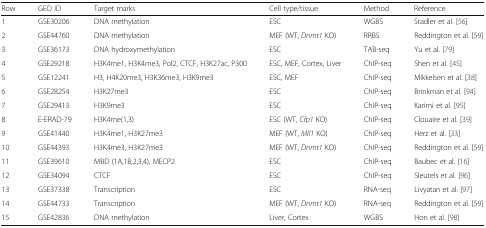
| Row | GEO ID | Target marks | Cell type/tissue | Method | Reference |
 | --- | --- | --- | --- | --- | --- |
 | 1 | GSE30206 | DNA methylation | ESC | WGBS | Stadler et al. [56] |
 | 2 | GSE44760 | DNA methylation | MEF (WT, Dnmt1 KO) | RRBS | Reddington et al. [59] |
 | 3 | GSE36173 | DNA hydroxymethylation | ESC | TAB-seq | Yu et al. [79] |
 | 4 | GSE29218 | H3K4me1, H3K4me3, Pol2, CTCF, H3K27ac, P300 | ESC, MEF, Cortex, Liver | ChIP-seq | Shen et al. [45] |
 | 5 | GSE12241 | H3, H4K20me3, H3K36me3, H3K9me3 | ESC, MEF | ChIP-seq | Mikkelsen et al. [38] |
 | 6 | GSE28254 | H3K27me3 | ESC | ChIP-seq | Brinkman et al. [94] |
 | 7 | GSE29413 | H3K9me3 | ESC | ChIP-seq | Karimi et al. [95] |
 | 8 | E-ERAD-79 | H3K4me(1,3) | ESC (WT, Cfp1 KO) | ChIP-seq | Clouaire et al. [39] |
 | 9 | GSE41440 | H3K4me1, H3K27me3 | MEF (WT, Mll1 KO) | ChIP-seq | Herz et al. [33] |
 | 10 | GSE44393 | H3K4me3, H3K27me3 | MEF (WT, Dnmt1 KO) | ChIP-seq | Reddington et al. [59] |
 | 11 | GSE39610 | MBD (1A,1B,2,3,4), MECP2 | ESC | ChIP-seq | Baubec et al. [16] |
 | 12 | GSE34094 | CTCF | ESC | ChIP-seq | Sleutels et al. [96] |
 | 13 | GSE37338 | Transcription | ESC | RNA-seq | Livyatan et al. [97] |
 | 14 | GSE44733 | Transcription | MEF (WT, Dnmt1 KO) | RNA-seq | Reddington et al. [59] |
 | 15 | GSE42836 | DNA methylation | Liver, Cortex | WGBS | Hon et al. [98] |